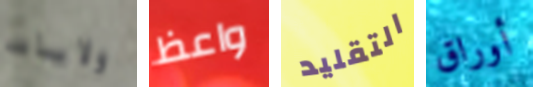
ولايات واعظ التقليد أوراق